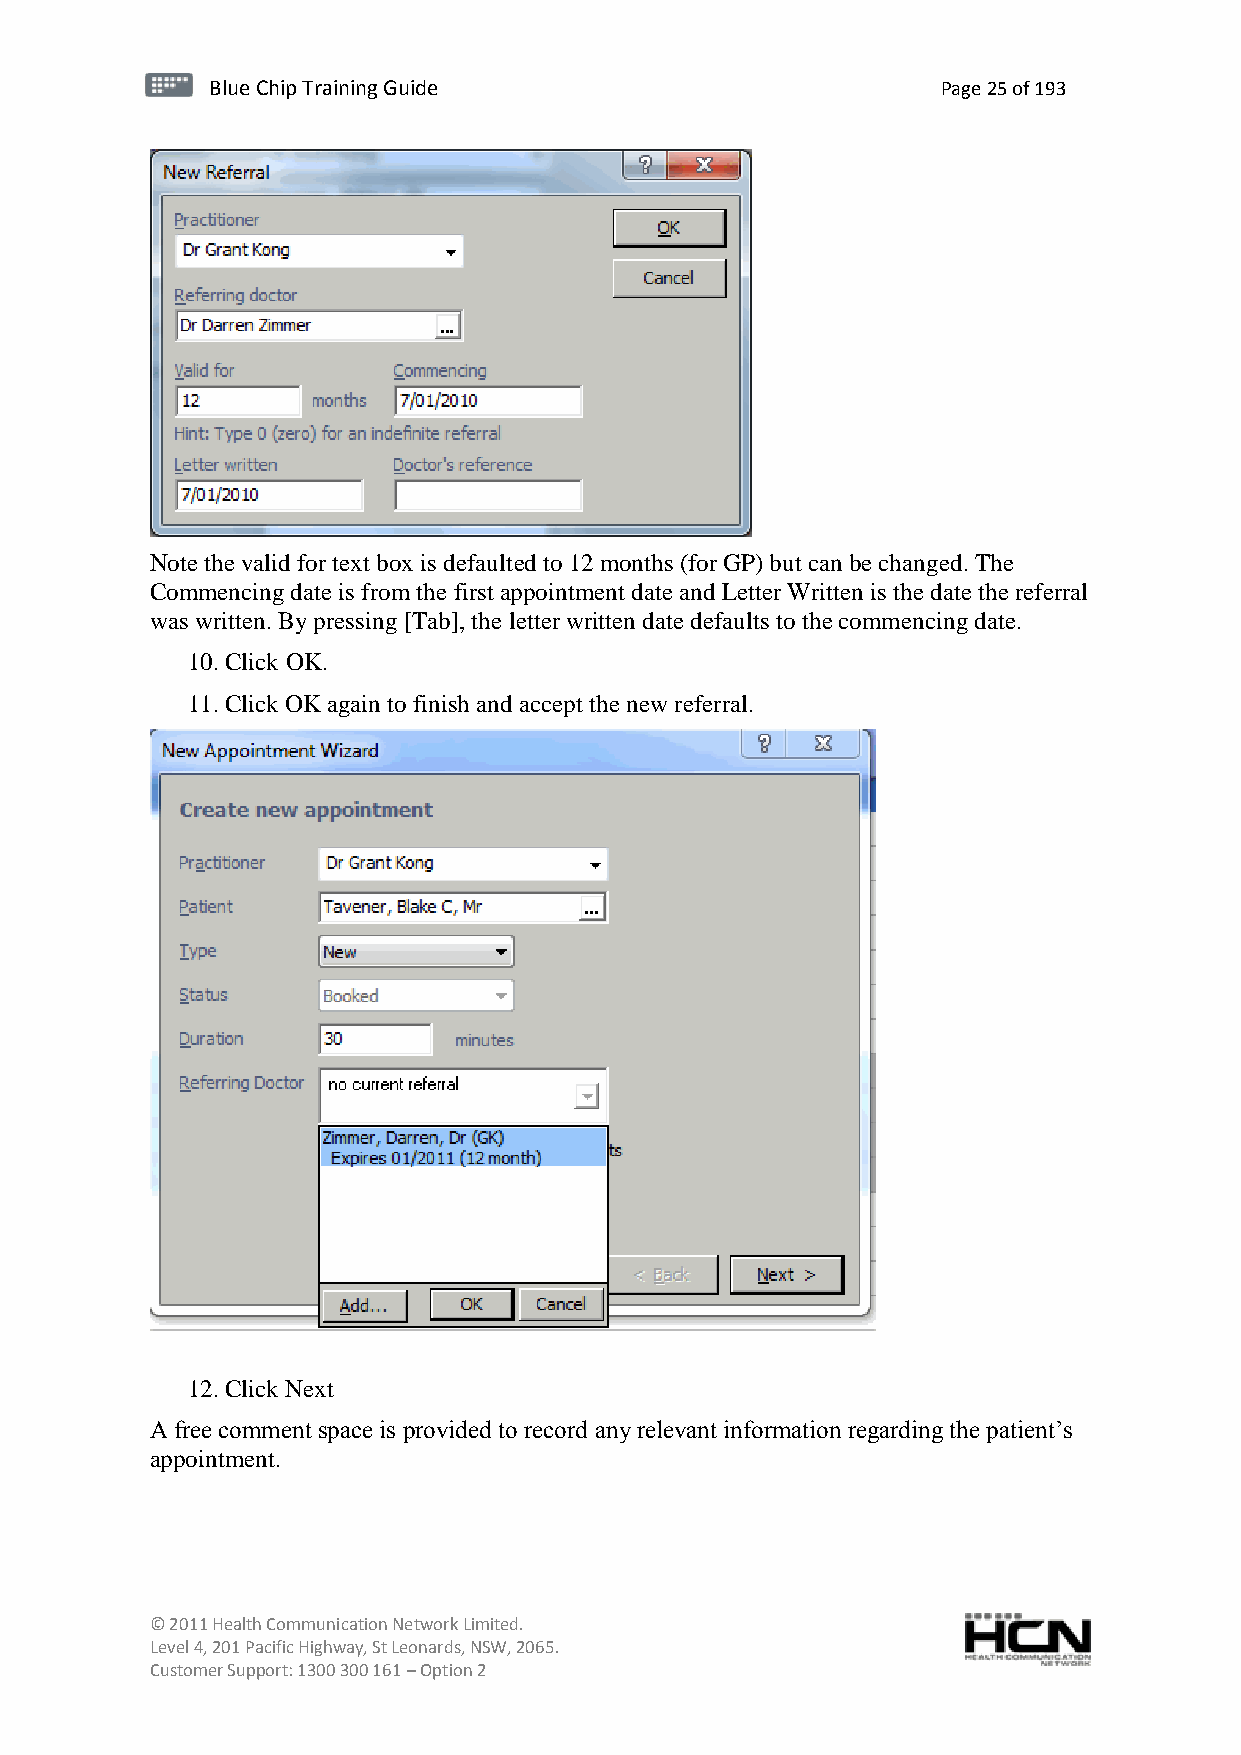
BBlluuee C Chihpi pTr Tairnainingi Gnugi dGeu ide Page 25 of 193
 Note the valid for text box is defaulted to 12 months (for GP) but can be changed. The
 Commencing date is from the first appointment date and Letter Written is the date the referral
 was written. By pressing [Tab], the letter written date defaults to the commencing date.
 10. Click OK.
 11. Click OK again to finish and accept the new referral.
 12. Click Next
 A free comment space is provided to record any relevant information regarding the patient’s
 appointment.
 © 2011 Health Communication Network Limited.
 Level 4, 201 Pacific Highway, St Leonards, NSW, 2065.
 Customer Support: 1300 300 161 – Option 2